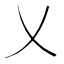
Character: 乂